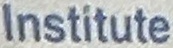
Institute